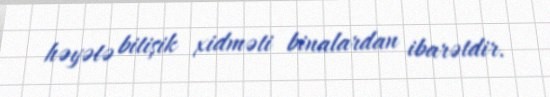
həyətə bitişik xidməti binalardan ibarətdir.